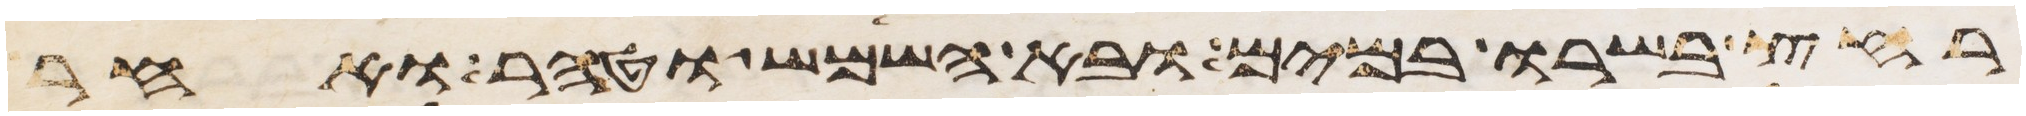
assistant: רחץ בשרו במים ובא השמש וטהר ואחר